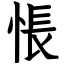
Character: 悵